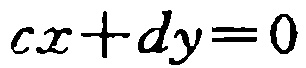
\(cx + dy = 0\)